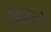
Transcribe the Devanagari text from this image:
टेकवाडे